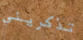
تذكريني